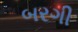
બરગી